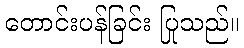
တောင်းပန်ခြင်း ပြုသည်။